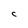
Character: C